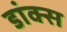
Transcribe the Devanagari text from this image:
डांक्स